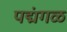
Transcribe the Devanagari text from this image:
पद्मंगळ